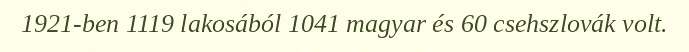
1921-ben 1119 lakosából 1041 magyar és 60 csehszlovák volt.